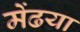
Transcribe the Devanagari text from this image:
मेंढया